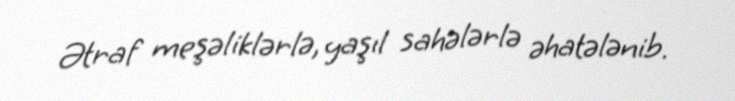
Ətraf meşəliklərlə, yaşıl sahələrlə əhatələnib.